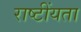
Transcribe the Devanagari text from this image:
राष्टींयता